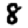
Digit: 8